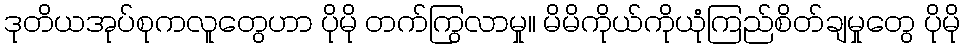
ဒုတိယအုပ်စုကလူတွေဟာ ပိုမို တက်ကြွလာမှု၊၊ မိမိကိုယ်ကိုယုံကြည်စိတ်ချမှုတွေ ပိုမို